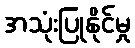
အသုံးပြုနိုင်မှု